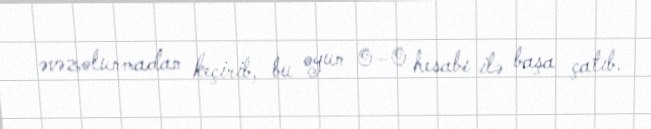
əvəzolunmadan keçirib, bu oyun 0–0 hesabı ilə başa çatıb.